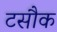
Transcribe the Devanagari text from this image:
टसौक